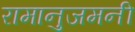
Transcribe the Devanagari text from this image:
रामानुजमनी